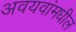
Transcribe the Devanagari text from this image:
अवयवांमधील